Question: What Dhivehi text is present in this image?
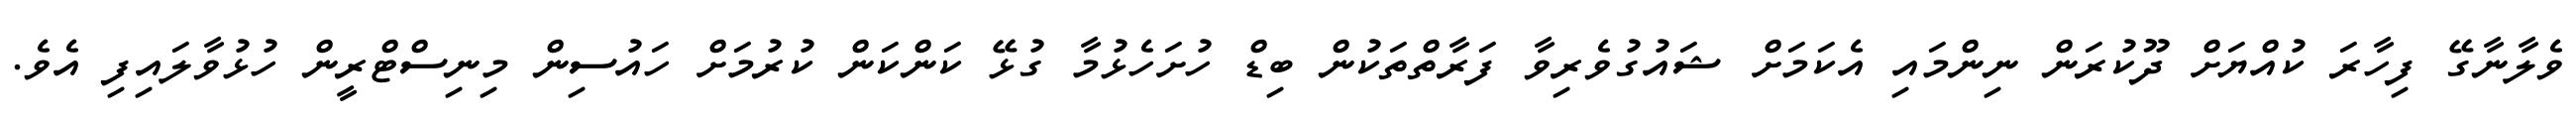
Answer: ވެލާނާގޭ ފިހާރަ ކުއްޔަށް ދޫކުރަން ނިންމައި އެކަމަށް ޝައުގުވެރިވާ ފަރާތްތަކުން ބިޑް ހުށަހެޅުމާ ގުޅޭ ކަންކަން ކުރުމަށް ހައުސިން މިނިސްޓްރީން ހުޅުވާލައިފި އެވެ.